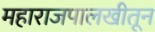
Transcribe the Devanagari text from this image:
महाराजपालखीतून